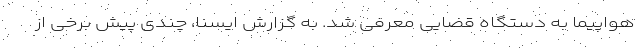
هواپیما به دستگاه قضایی معرفی شد. به گزارش ایسنا، چندی پیش برخی از